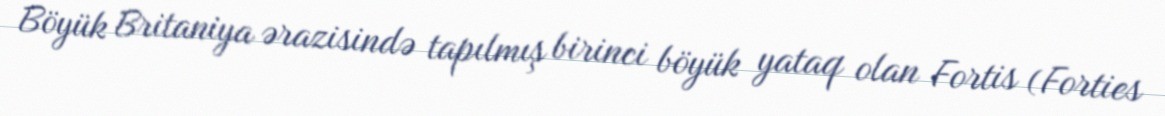
Böyük Britaniya ərazisində tapılmış birinci böyük yataq olan Fortis (Forties